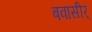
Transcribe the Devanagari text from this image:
बवासीर्